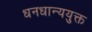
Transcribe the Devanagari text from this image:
धनधान्ययुक्त